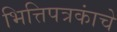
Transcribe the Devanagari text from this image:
भित्तिपत्रकांचे